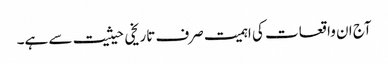
آج ان واقعات کی اہمیت صرف تاریخی حیثیت سے ہے۔